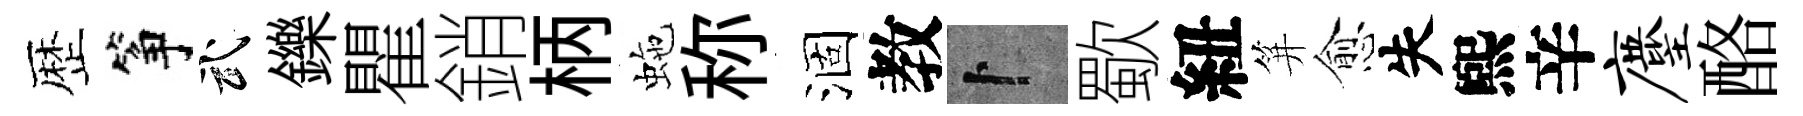
歴筝武鑠瞿銷柄虵称涸教卜歜紐笄愈失煕辛麈酪